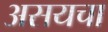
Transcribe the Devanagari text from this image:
असयचा